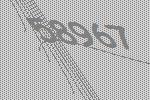
58967